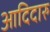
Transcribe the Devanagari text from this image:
आदिदारु